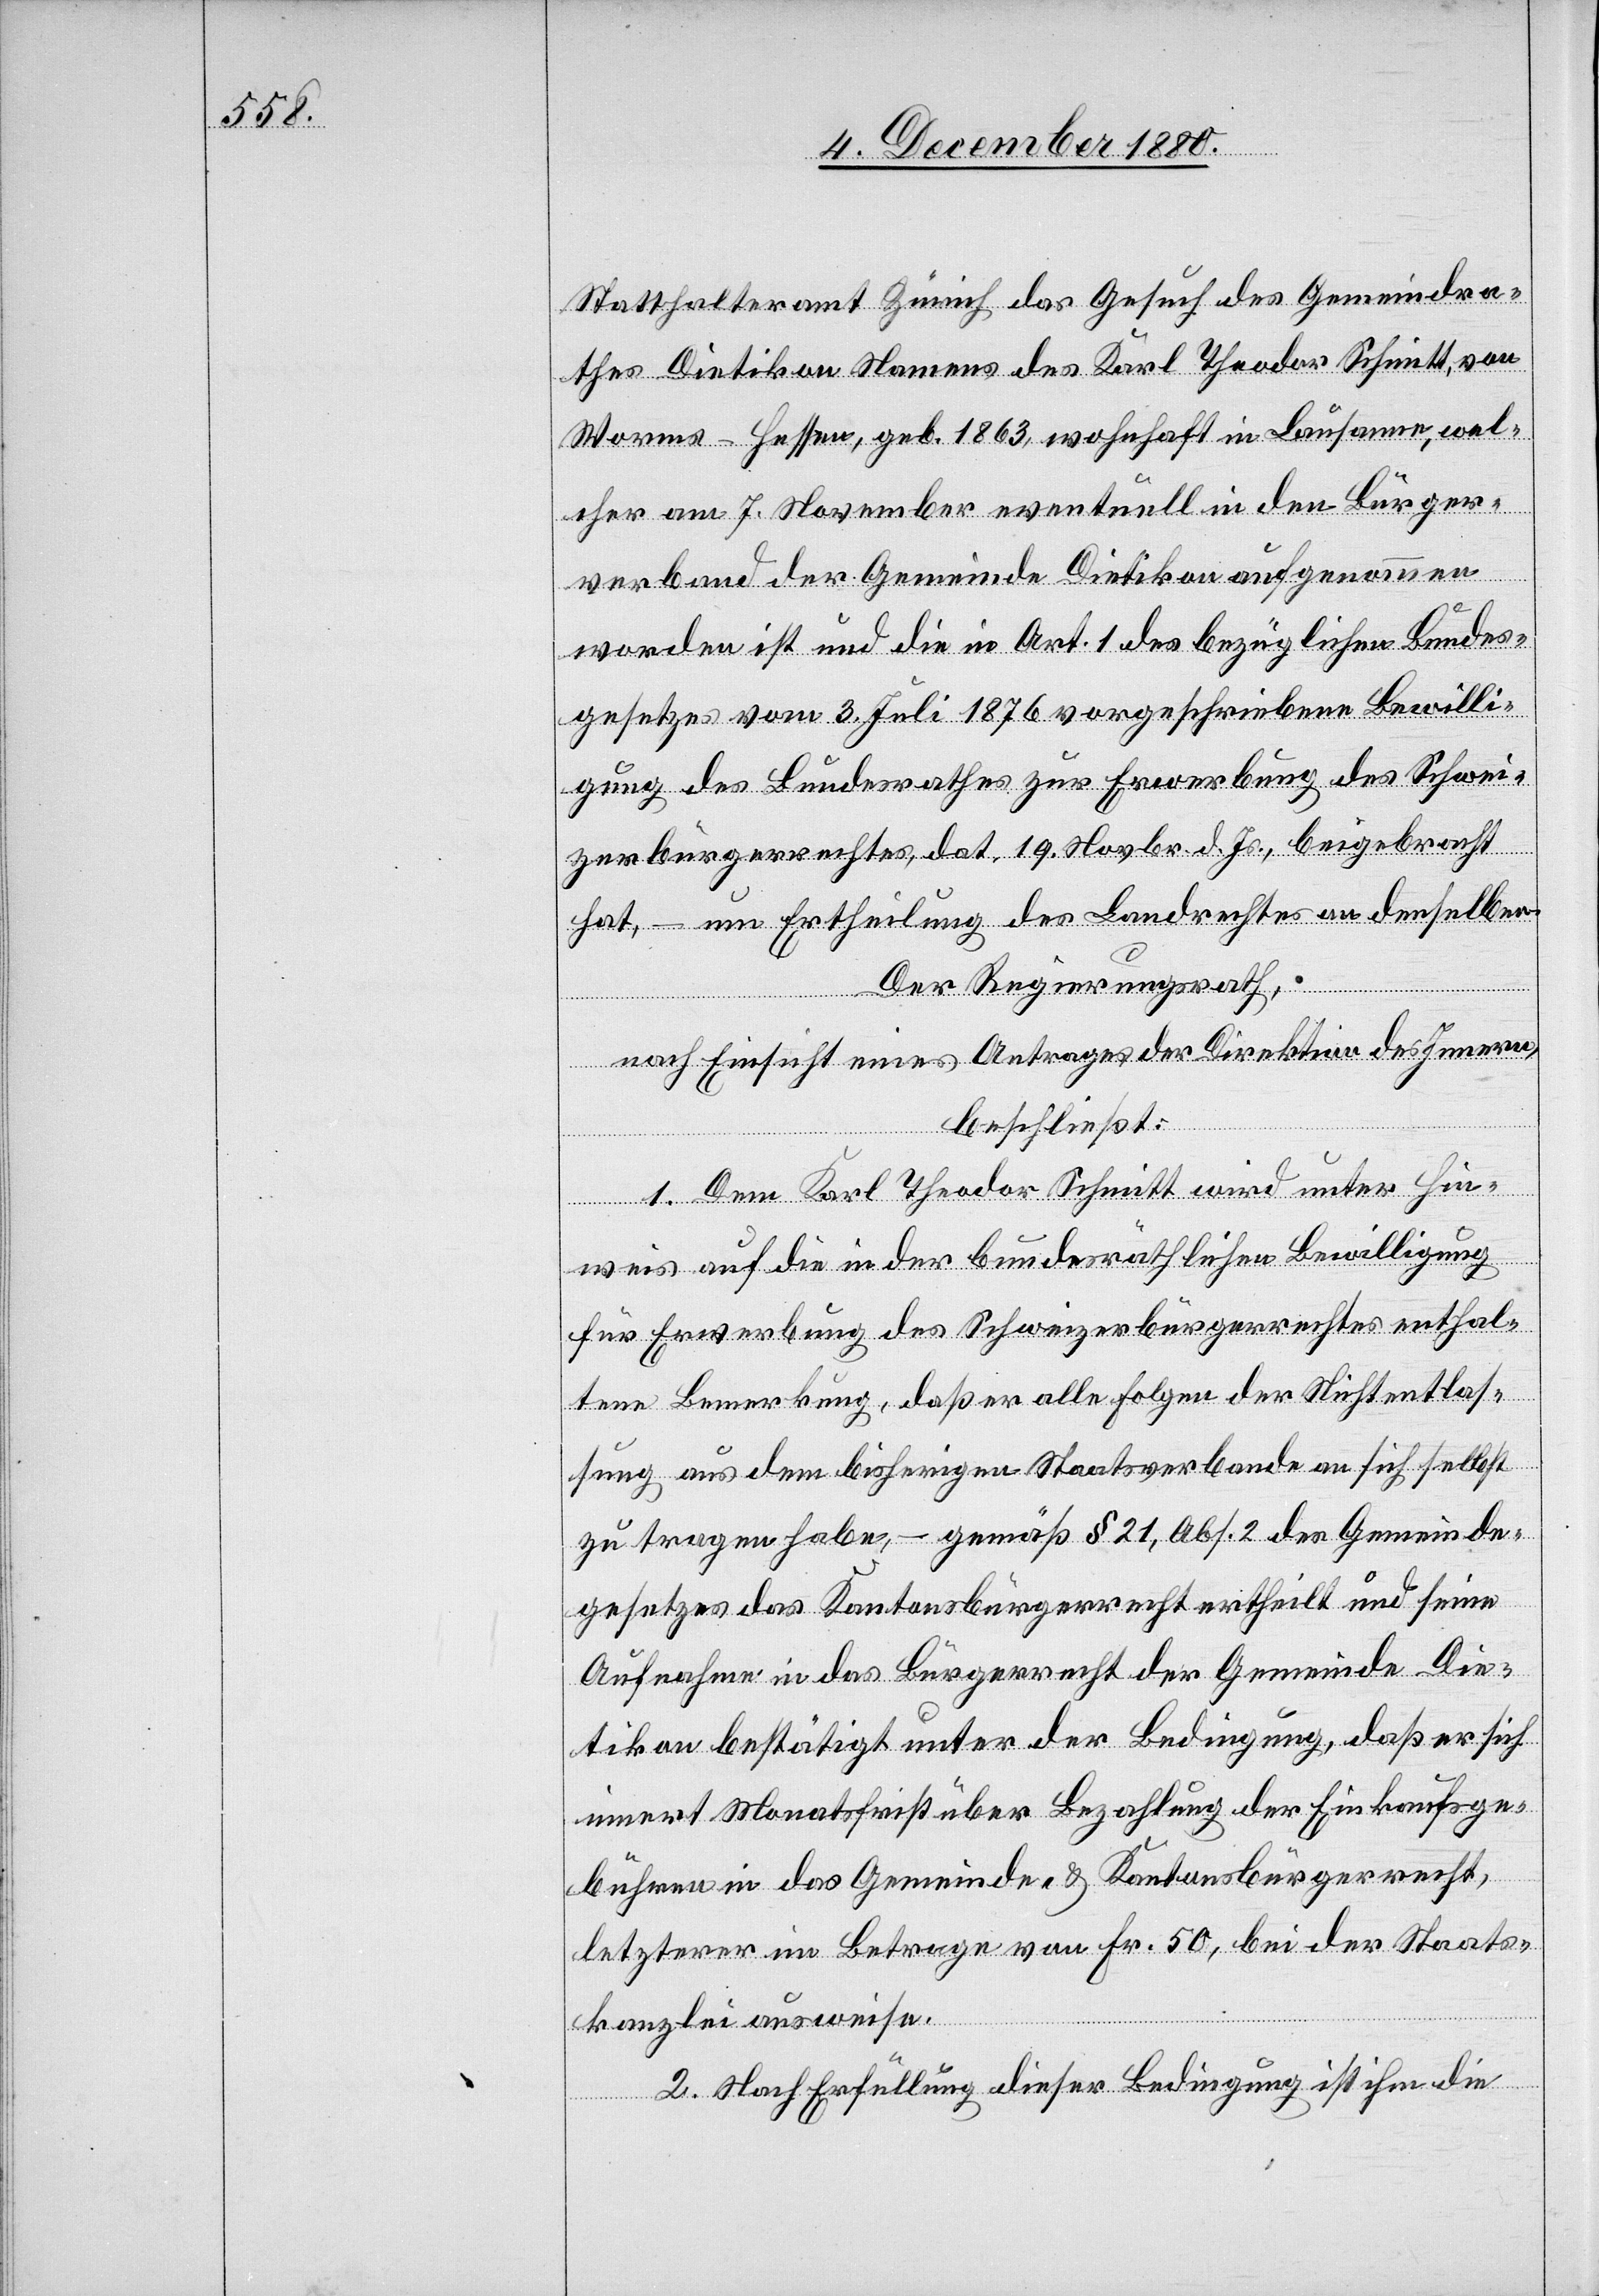
Statthalteramt Zürich das Gesuch des Gemeindra¬
thes Dietikon Namens des Karl Theodor Schmitt von
Worms - Hessen, geb. 1863, wohnhaft in Lausanne, wel¬
cher am 7. November eventuell in den Bürger¬
verband der Gemeinde Dietikon aufgenommen
worden ist und die in Art. 1 des bezüglichen Bundes¬
gesetzes vom 3. Juli 1876 vorgeschriebene Bewilli¬
gung des Bundesrathes zur Erwerbung des Schwei¬
zerbürgerrechtes dat. 19. Novbr. d. Js., beigebracht
hat, – um Ertheilung des Landrechtes an denselben.
Der Regierungsrath,
nach Einsicht eines Antrages der Direktion des Innern,
beschließt:
1. Dem Karl Theodor Schmitt wird unter Hin¬
weis auf die in der bundesräthlichen Bewilligung
für Erwerbung des Schweizerbürgerrechtes enthal¬
tene Bemerkung, daß er alle Folgen der Nichtentlas¬
sung aus dem bisherigen Staatsverbande an sich selbst
zu tragen habe, – gemäß § 21, Abs. 2 des Gemeinde¬
gesetzes das Kantonsbürgerrecht ertheilt und seine
Aufnahme in das Bürgerrecht der Gemeinde Die¬
tikon bestätigt unter der Bedingung, daß er sich
innert Monatsfrist über Bezahlung der Einkaufsge¬
bühren in das Gemeinde- & Kantonsbürgerrecht,
letzterer im Betrage von Fr. 50, bei der Staats¬
kanzlei ausweise.
2. Nach Erfüllung dieser Bedingung ist ihm die